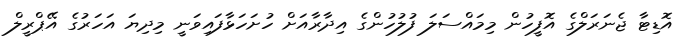
އޮޑިޓާ ޖެނަރަލްގެ އޮފީހުން މިމައްސަލަ ފުލުހުންގެ އިދާރާއަށް ހުށަހަޅާފައިވަނީ މިދިޔަ އަހަރުގެ އޭޕްރީލް